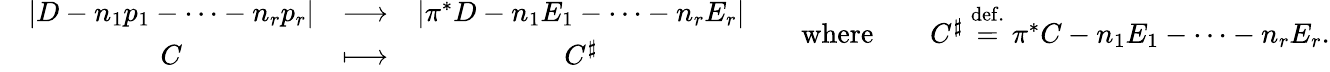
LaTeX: \begin{array}{rlrlrl}&{\begin{array}{ccc}{\left|D-n_{1}p_{1}-\cdots-n_{r}p_{r}\right|}&{\longrightarrow}&{\left|\pi^{*}D-n_{1}E_{1}-\cdots-n_{r}E_{r}\right|}\\ {C}&{\longmapsto}&{C^{\sharp}}\end{array}}&&{\mathrm{where}}&&{C^{\sharp}\overset{\mathrm{def.}}{=}\pi^{*}C-n_{1}E_{1}-\cdots-n_{r}E_{r}.}\end{array}